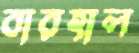
বারহাল